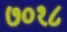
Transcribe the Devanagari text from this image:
७०१८